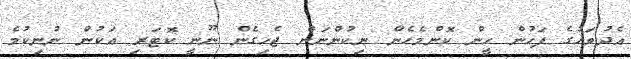
އެދުވަހުގެ ފަހުން ހީން ކޮންމެހެން ނިކުންނަން ޖެހިގެން ނޫނީ ކޮޓަރި އަކުން ނުނިކުމެ